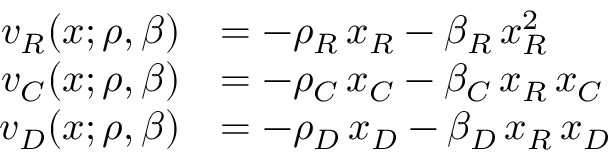
\begin{array} { r l } { v _ { R } ( x ; \rho , \beta ) } & { = - \rho _ { R } \, x _ { R } - \beta _ { R } \, x _ { R } ^ { 2 } } \\ { v _ { C } ( x ; \rho , \beta ) } & { = - \rho _ { C } \, x _ { C } - \beta _ { C } \, x _ { R } \, x _ { C } } \\ { v _ { D } ( x ; \rho , \beta ) } & { = - \rho _ { D } \, x _ { D } - \beta _ { D } \, x _ { R } \, x _ { D } } \end{array}